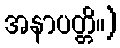
အနာပတ္တိ။)